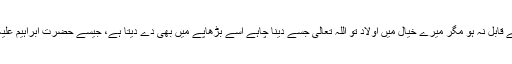
یہاں بعض کے نزدیک بوڑھی سے مراد وہ عورت جو اولاد پیدا کرنے کے قابل نہ ہو مگر میرے خیال میں اولاد تو اللہ تعالیٰ جسے دینا چاہے اسے بڑھاپے میں بھی دے دیتا ہے، جیسے حضرت ابراہیم علیہ السلام اور حضرت زکریا علیہ السلام کو بوڑھی بیویوں سے ہی اولاد دی۔